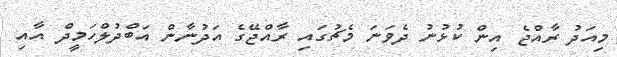
މިއަދު ރާއްޖެ އިން ކުޅުނު ދެވަނަ މެޗުގައި ރާއްޖޭގެ އަދުނާން އަބްދުލްހަމީދް އާއި